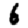
Digit: 6